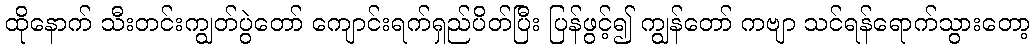
ထိုနောက် သီးတင်းကျွတ်ပွဲတော် ကျောင်းရက်ရှည်ပိတ်ပြီး ပြန်ဖွင့်၍ ကျွန်တော် ကဗျာ သင်ရန်ရောက်သွားတော့